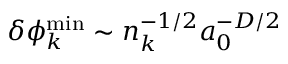
\begin{array} { r } { \delta \phi _ { k } ^ { \operatorname* { m i n } } \sim n _ { k } ^ { - 1 / 2 } a _ { 0 } ^ { - D / 2 } } \end{array}